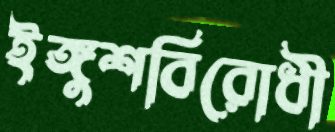
ইঙ্গুশবিরোধী